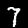
Label: 7